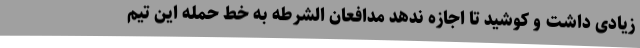
زیادی داشت و کوشید تا اجازه ندهد مدافعان الشرطه به خط حمله این تیم